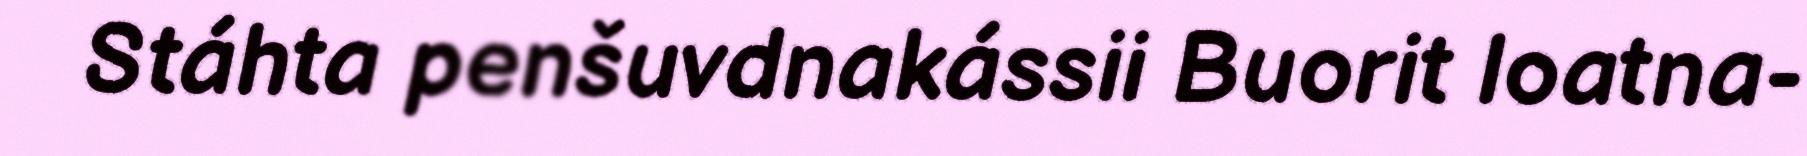
Stáhta penšuvdnakássii Buorit loatna-